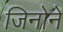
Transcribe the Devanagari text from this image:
जिनोने